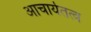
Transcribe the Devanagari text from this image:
आचार्यतत्व